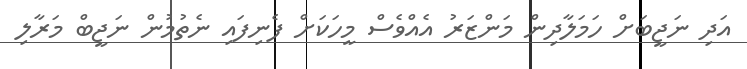
އަދި ނަޖީބަށް ހަމަލާދިން މަންޒަރު އެއްވެސް މީހަކަށް ފެނިފައި ނެތުމުން ނަޖީބް މަރާލި